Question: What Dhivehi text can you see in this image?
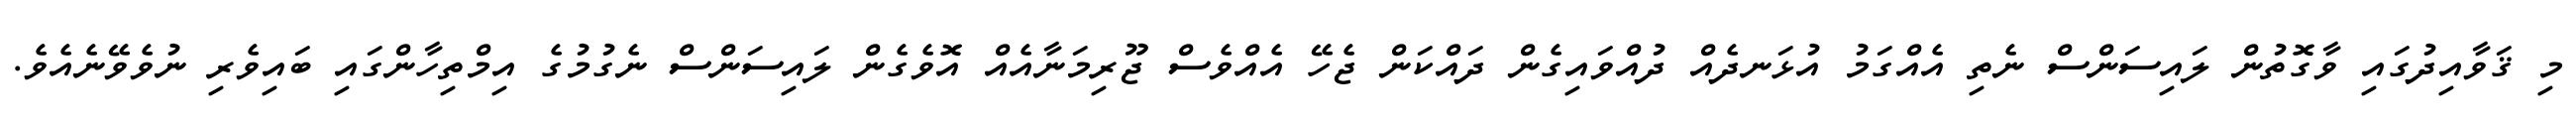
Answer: މި ޤަވާއިދުގައި ވާގޮތުން ލައިސަންސް ނެތި އެއްގަމު އުޅަނދެއް ދުއްވައިގެން ދައްކަން ޖެހޭ އެއްވެސް ޖޫރިމަނާއެއް އޮވެގެން ލައިސަންސް ނެގުމުގެ އިމްތިހާންގައި ބައިވެރި ނުވެވޭނެއެވެ.